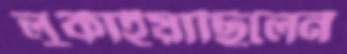
লুকাইয়াছিলেন